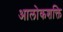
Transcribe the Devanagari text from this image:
आलोकशक्ति